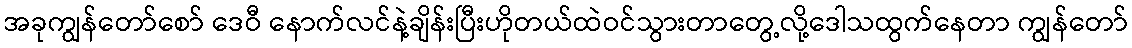
အခုကျွန်တော်စော် ဒေဝီ နောက်လင်နဲ့ချိန်းပြီးဟိုတယ်ထဲဝင်သွားတာတွေ့လို့ဒေါသထွက်နေတာ ကျွန်တော်